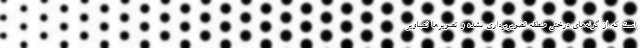
است که از گونه‌های درختی منطقه تصویربرداری نشده و تصویرها تصاویر